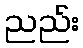
ညည်း